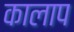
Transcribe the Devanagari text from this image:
कालाप